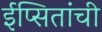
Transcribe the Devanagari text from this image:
ईप्सितांची